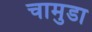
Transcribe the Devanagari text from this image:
चामुडा